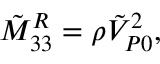
\tilde { M } _ { 3 3 } ^ { R } = \rho \tilde { V } _ { P 0 } ^ { 2 } ,